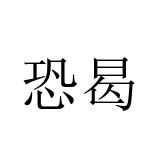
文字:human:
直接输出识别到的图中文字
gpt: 恐曷